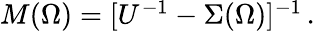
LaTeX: \begin{array}{r}{M(\Omega)=[U^{-1}-\Sigma(\Omega)]^{-1}\, .}\end{array}